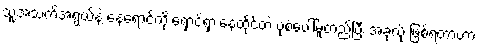
သူ့အသက်အရွယ်နဲ့ နေရောင်ကို ရှောင်ရှားနေထိုင်တဲ့ ပုံစံပေါ်မူတည်ပြီး အခုလို ဖြစ်ရတာဟာ